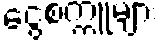
ငွေစက္ကူများ